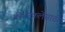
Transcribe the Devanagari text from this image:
कीर्तनकलेसाठी